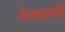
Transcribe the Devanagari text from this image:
नेरुदाची